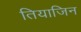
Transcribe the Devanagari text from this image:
तियाजिन